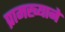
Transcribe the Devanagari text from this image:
प्रामख्याने